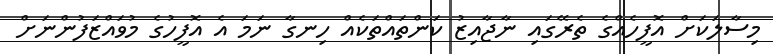
މިސާލަކަށް އޮފީހެއްގެ ތެރޭގައި ނާޖާއިޒު ކަންތައްތަކެއް ހިނގާ ނަމަ އެ އޮފީހުގެ މުވައްޒަފުންނަށް